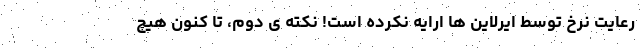
رعایت نرخ توسط ایرلاین ها ارایه نکرده است! نکته ی دوم، تا کنون هیچ